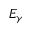
E _ { \gamma }